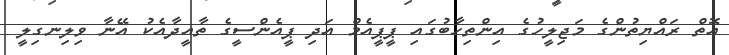
އޮތް ރައްޔިތުންގެ މަޖިލީހުގެ އިންތިހާބުގައި ޕީޕީއެމް އަދި ޕީއެންސީގެ ތާއީދާއެކު އޭނާ ވިލިނގިލީ